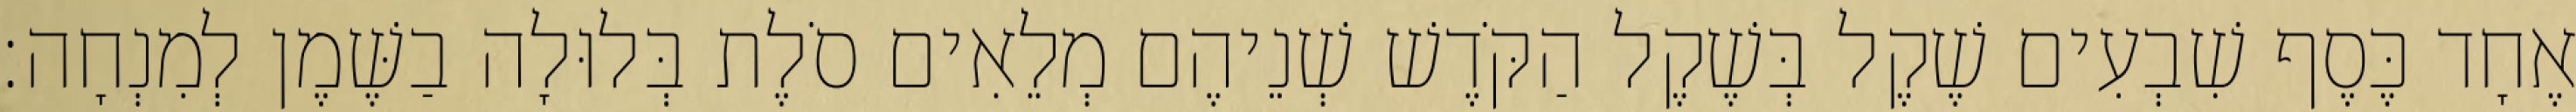
אֶחָד כֶּסֶף שִׁבְעִים שֶׁקֶל בְּשֶׁקֶל הַקֹּדֶשׁ שְׁנֵיהֶם מְלֵאִים סֹלֶת בְּלוּלָה בַשֶּׁמֶן לְמִנְחָה׃